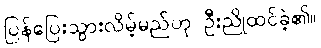
ပြန်ပြေးသွားလိမ့်မည်ဟု ဦးညိုထင်ခဲ့၏။